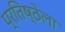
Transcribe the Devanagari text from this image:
प्रतिष्ठेला